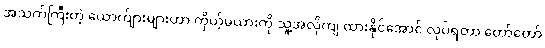
အသက်ကြီးတဲ့ ယောက်ျားများဟာ ကိုယ့်မယားကို သူ့အလိုကျ ထားနိုင်အောင် လုပ်ရတာ တော်တော်